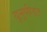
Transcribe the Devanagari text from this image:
यूनूपीडट